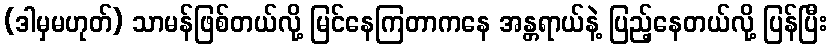
(ဒါမှမဟုတ်) သာမန်ဖြစ်တယ်လို့ မြင်နေကြတာကနေ အန္တရာယ်နဲ့ ပြည့်နေတယ်လို့ ပြန်ပြီး